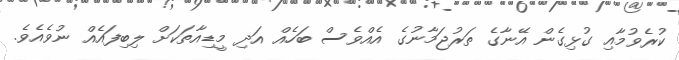
ކުރެވުމާއި ގުޅިގެން އޭނާގެ ތަރުޖަމާނުގެ އެއްވެސް ބަހެއް އަދި މީޑިއާތަކަށް ލިބިފައެއް ނުވެއެވެ.